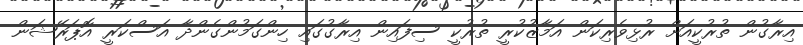
އިރާގުން ތުރުކީއަށް ރުޅިވެރިކަން އަމާޒުކުރީ ތުރުކީ ސިފައިން އިރާގުގައި ހިންގަމުންގެންދާ އަސްކަރީ އޮޕަރޭޝަން